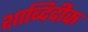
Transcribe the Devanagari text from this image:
शाब्दिदीक